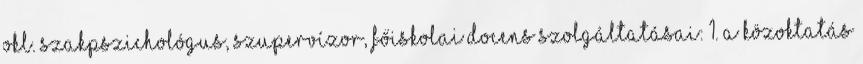
okl. szakpszichológus, szupervízor, főiskolai docens Szolgáltatásai: 1. A közoktatás